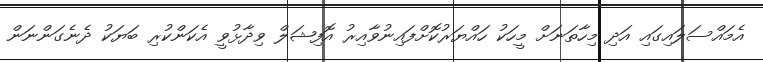
އެމައްސަލައިގައި އަދި މިހާތަނަށް މީހަކު ހައްޔަރުކޮށްފައިނުވާއިރު އޮފިޝަލް ވިދާޅުވީ އެކަންކުރި ބަޔަކު ދެނެގަންނަން